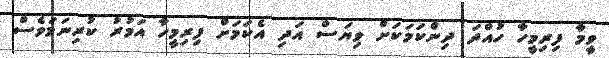
ވީމާ ފިރިމީހާ ހުއްދަ ދިންކަމަކަށް ވިޔަސް އަދި އެކަމަށް ފިރިމީހާ އަމުރު ކުރިނަމަވެސް